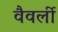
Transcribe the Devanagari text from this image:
वैवर्ली